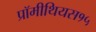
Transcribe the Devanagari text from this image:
प्रॉमीथियस१५